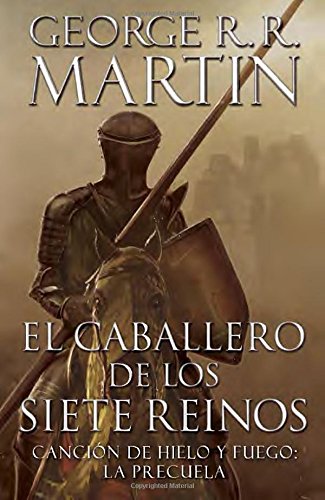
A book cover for El caballero de los Siete Reinos [Knight of the Seven Kingdoms-Spanish] (A Vintage EspaÃ±ol Original) (Spanish Edition); George R. R. Martin; Literature & Fiction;